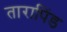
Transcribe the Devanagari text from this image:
तारापिंड